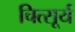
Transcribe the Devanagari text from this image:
चित्सूर्य